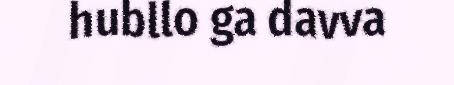
hubllo ga davva